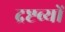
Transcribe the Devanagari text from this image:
द्रष्टव्यों